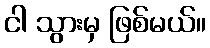
ငါ သွားမှ ဖြစ်မယ်။